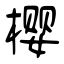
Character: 樱